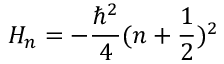
H _ { n } = - \frac { \hbar ^ { 2 } } { 4 } ( n + \frac { 1 } { 2 } ) ^ { 2 }